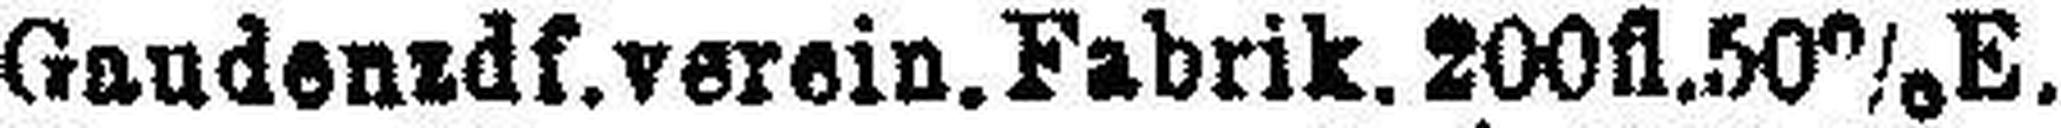
Gaudenzdf. verein. Fabrik. 200fl. 50% E.